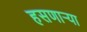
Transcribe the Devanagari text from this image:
हसणाऱ्या